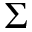
\Sigma